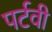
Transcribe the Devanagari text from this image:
पर्टवी